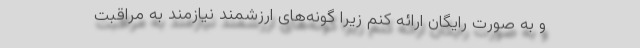
و به صورت رایگان ارائه کنم زیرا گونه‌های ارزشمند نیازمند به مراقبت